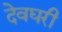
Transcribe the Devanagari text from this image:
देवघरी